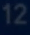
12